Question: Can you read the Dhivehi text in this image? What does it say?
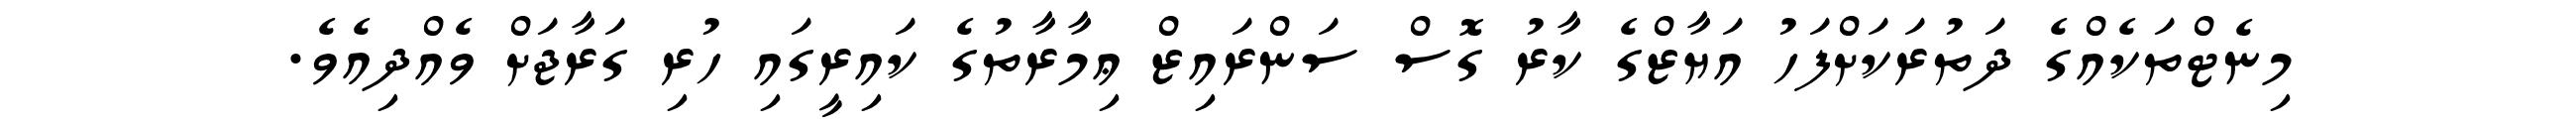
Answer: މިނެޓްތަކެއްގެ ދަތުރަކަށްފަހު އަޔާޒްގެ ކާރު ގޮސް ސަންރައިޒް ޢިމާރާތުގެ ކައިރީގައި ހުރި ގަރާޖަށް ވެއްދިއެވެ.